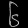
Digit: ၆